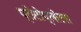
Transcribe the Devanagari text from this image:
प्रोटोप्लोटस